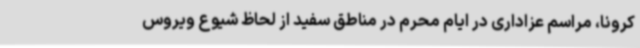
کرونا، مراسم عزاداری در ایام محرم در مناطق سفید از لحاظ شیوع ویروس